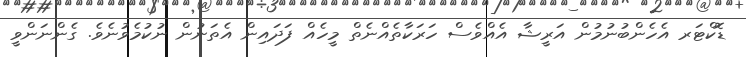
ޑޮކްޓަރ އެހެންބުނުމުން އަރީޝާ އެއްވެސް ހަރަކާތެއްނެތް މީހެއް ފަދައިން އެތަނުން ނުކުމެވުނެވެ. ގެންނަންވީ